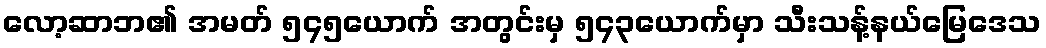
လော့ဆာဘ၏ အမတ် ၅၄၅ယောက် အတွင်းမှ ၅၄၃ယောက်မှာ သီးသန့်နယ်မြေဒေသ